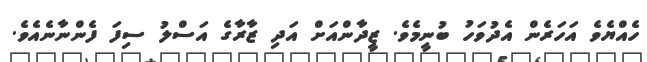
ހެެއްޔެވެ އަހަރެން އެދުވަހު ބުނީމެވެ. ޒީދާންއަށް އަދި ޒާރާގެ އަސްލު ސިފަ ފެންނާނެއެވެ.